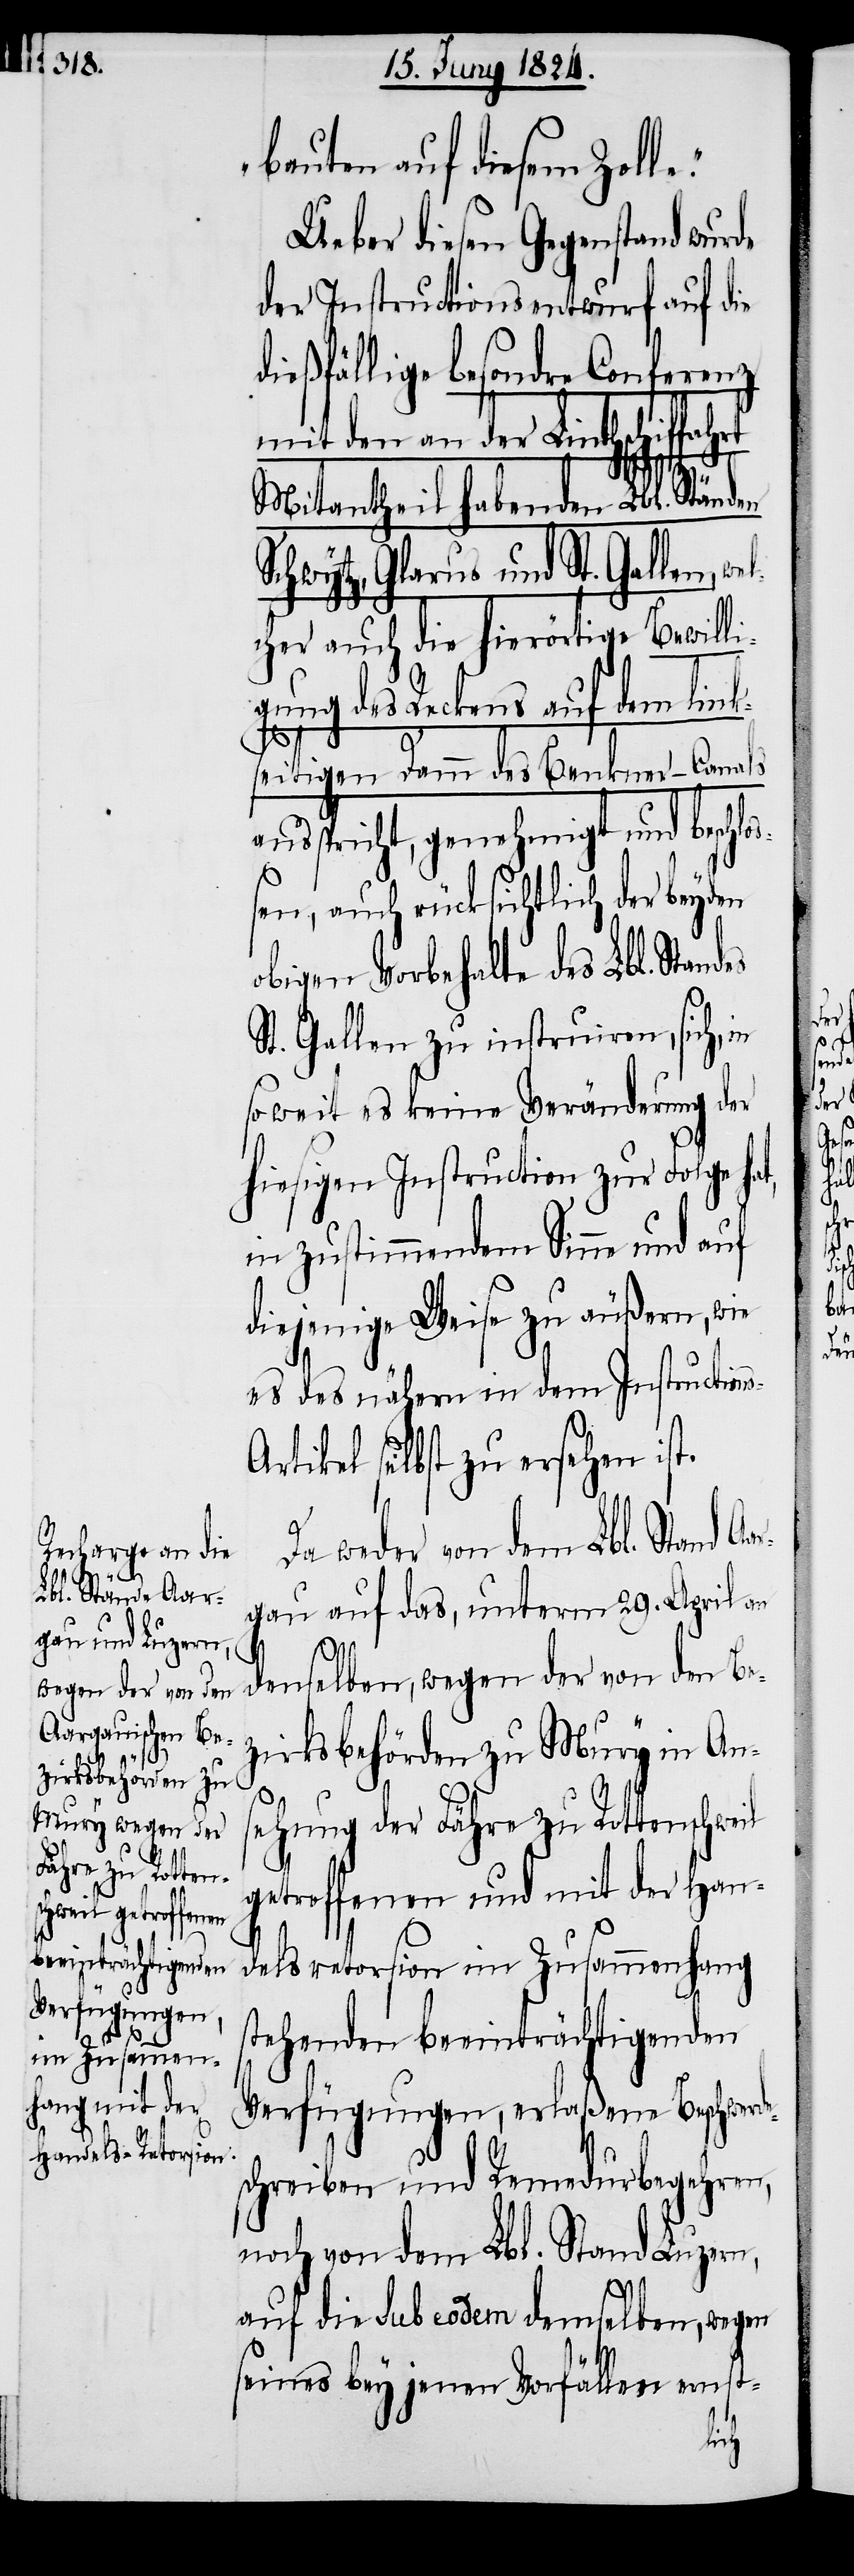
s-A¬
e.“

bauten auf diesem Zoll¬
Ueber diesen Gegenstand wurde
der Instructionsentwurf auf die
dießfällige besondre Conferenz
mit den an der Linthschiffahrt
e¬
Mitantheil habenden Lbl. Ständen
Schwytz, Glarus und St. Gallen, we¬
lcher auch die hierörtige Bewilli¬
gung des Reckens auf dem link¬
seitigen Damm des Benkner-Canals
ausspricht, genehmigt und beschlo¬
ßen, auch rücksichtlich der beyden
obigen Vorbehalte des Lbl. Standes
St. Gallen zu instruiren, sich, in
soweit es keine Veränderung der
hiesigen Instruction zur Folge h¬
in zustimmendem Sinne und auf
diejenige Weise zu äußern, wie
es des nähern in dem Instruction¬
rtikel selbst zu ersehen ist.
Da weder von dem Lbl. Stand A¬
argau auf das, unterm 29. April an
at,
denselben, wegen der von den Be¬
zirksbehörden zu Mury in An¬
sehung der Fähre zu Tottenschweil
getroffenen und mit der Han¬
delsretorsion im Zusammenhang
stehenden beeinträchtigenden
Verfügungen, erlaßene Beschwerd¬
schreiben und Remedursbegehren,
noch von dem Lbl. Stand Luzern,
auf die sub eodem demselben, wegen
seines bey jenen Vorfällen ernst-